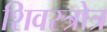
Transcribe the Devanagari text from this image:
शिवस्त्रोत्र